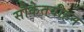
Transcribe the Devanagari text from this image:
सौकेतवीहन